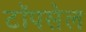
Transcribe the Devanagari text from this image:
टॉपसेल